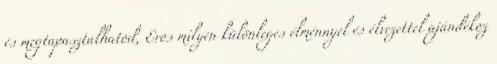
és megtapasztalhatod, Eros milyen különleges élménnyel és élvezettel ajándékoz